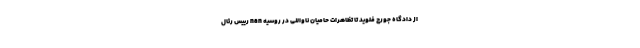
از دادگاه جورج فلوید تا تظاهرات حامیان ناوالنی در روسیه nan رییس رئال